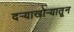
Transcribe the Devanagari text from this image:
दर्‍याखोर्‍यातून